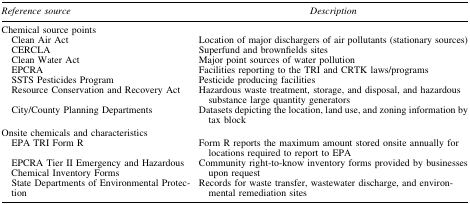
<table><thead><tr><td><b><i>Reference source</i></b></td><td><b><i>Description</i></b></td></tr></thead><tbody><tr><td colspan="2">Chemical source points</td></tr><tr><td> Clean Air Act</td><td>Location of major dischargers of air pollutants (stationary sources)</td></tr><tr><td> CERCLA</td><td>Superfund and brownfields sites</td></tr><tr><td> Clean Water Act</td><td>Major point sources of water pollution</td></tr><tr><td> EPCRA</td><td>Facilities reporting to the TRI and CRTK laws/programs</td></tr><tr><td> SSTS Pesticides Program</td><td>Pesticide producing facilities</td></tr><tr><td> Resource Conservation and Recovery Act</td><td>Hazardous waste treatment, storage, and disposal, and hazardous substance large quantity generators</td></tr><tr><td> City/County Planning Departments</td><td>Datasets depicting the location, land use, and zoning information by tax block</td></tr><tr><td colspan="2">Onsite chemicals and characteristics</td></tr><tr><td> EPA TRI Form R</td><td>Form R reports the maximum amount stored onsite annually for locations required to report to EPA</td></tr><tr><td> EPCRA Tier II Emergency and Hazardous Chemical Inventory Forms</td><td>Community right-to-know inventory forms provided by businesses upon request</td></tr><tr><td> State Departments of Environmental Protection</td><td>Records for waste transfer, wastewater discharge, and environmental remediation sites</td></tr></tbody></table>